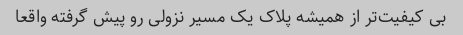
بی کیفیت‌تر از همیشه پلاک یک مسیر نزولی رو پیش گرفته واقعا